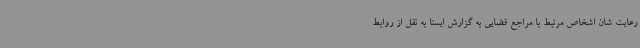
رعایت شان اشخاص مرتبط با مراجع قضایی به گزارش ایسنا به نقل از روابط